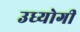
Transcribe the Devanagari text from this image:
उध्योगी